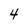
Character: 4